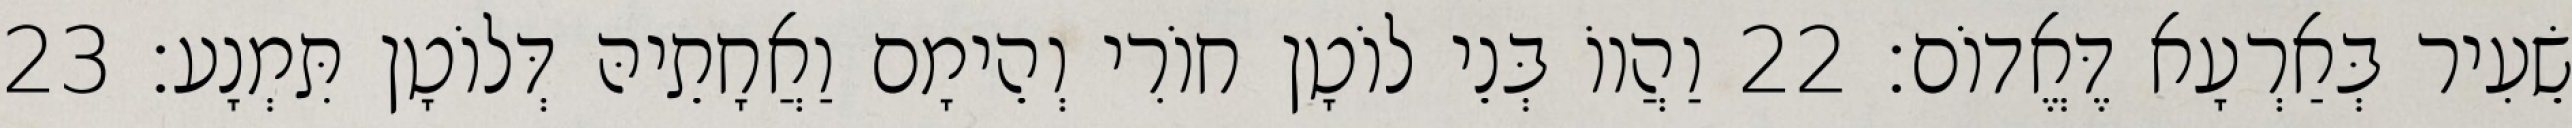
שֵׂעִיר בְּאַרְעָא דֶּאֱדוֹם׃ 22 וַהֲווֹ בְּנֵי לוֹטָן חוֹרִי וְהֵימָם וַאֲחָתֵיהּ דְּלוֹטָן תִּמְנָע׃ 23